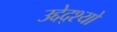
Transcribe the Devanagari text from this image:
उद्देद्श्यो